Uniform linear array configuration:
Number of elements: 64
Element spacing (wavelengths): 1
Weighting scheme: binomial
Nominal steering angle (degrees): -15
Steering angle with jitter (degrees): -13.639
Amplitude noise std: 0.05
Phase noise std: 0.05

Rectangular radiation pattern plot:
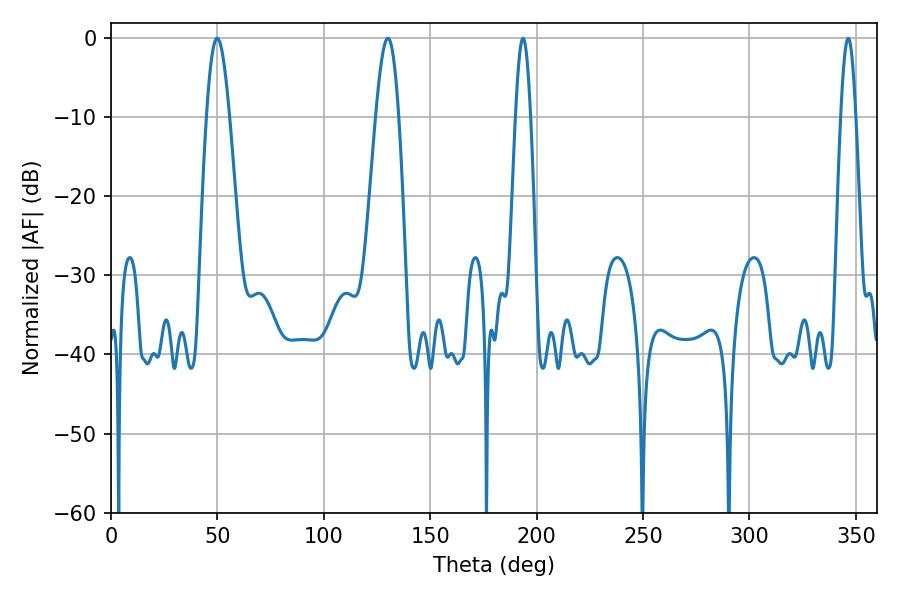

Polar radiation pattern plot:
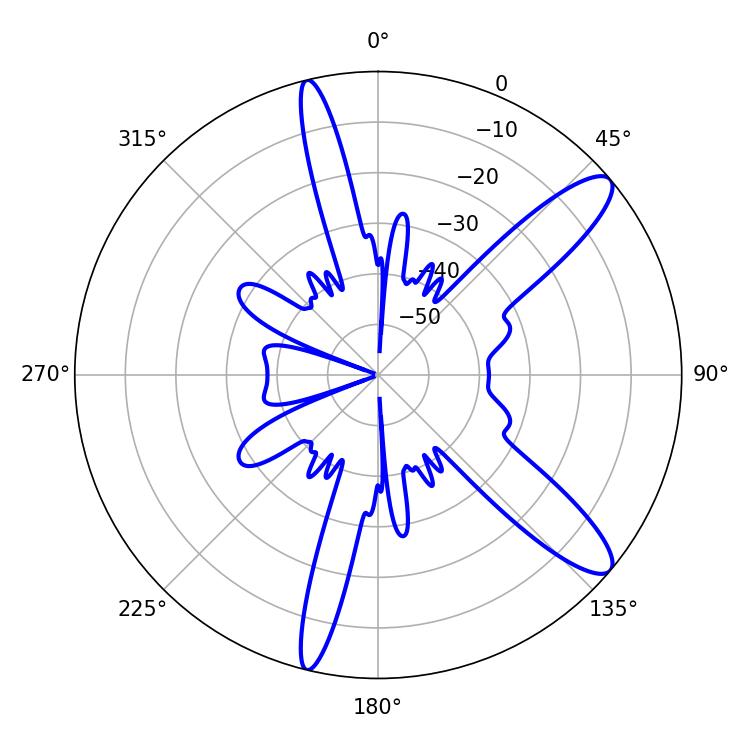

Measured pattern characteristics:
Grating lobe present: TRUE
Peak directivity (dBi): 11.67
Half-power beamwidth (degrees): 5.76
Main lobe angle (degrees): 49.86